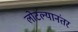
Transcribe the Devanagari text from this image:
लोटल्‍यानंतर